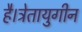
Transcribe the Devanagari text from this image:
है।त्रेतायुगीन